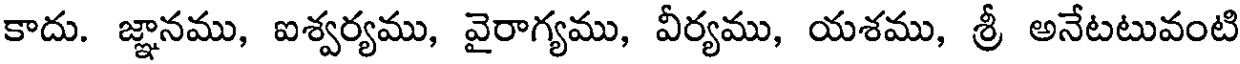
కాదు. జ్ఞానము, ఐశ్వర్యము, వైరాగ్యము, వీర్యము, యశము, శ్రీ అనేటటువంటి